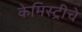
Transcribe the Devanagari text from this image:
केमिस्ट्रीचे